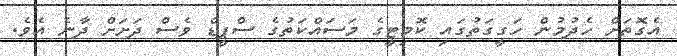
އެގޮތަށް ހެދުމުން ހަގީގަތުގައި ކޮމިޓީގެ މަސައްކަތުގެ ސްޕީޑް ވެސް ދަށަށް ދާނެ އެވެ.